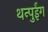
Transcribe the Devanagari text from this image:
थन्पुईंग